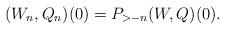
LaTeX: \begin{align*}(W_n,Q_n)(0) = P_{>-n} (W,Q)(0). \end{align*}